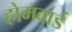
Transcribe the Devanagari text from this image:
होमवार्ड